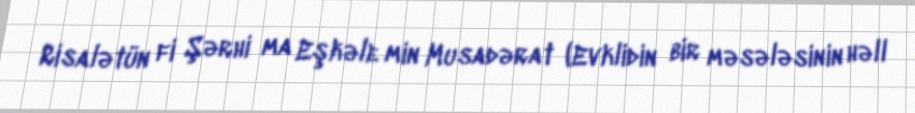
Risalətün fi Şərhi ma Eşkəle min Musadərat (Evklidin bir məsələsinin həll